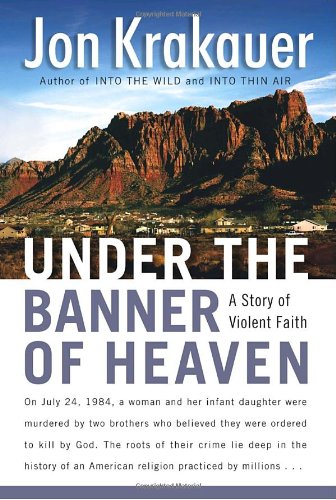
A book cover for Under the Banner of Heaven: A Story of Violent Faith; Jon Krakauer; Christian Books & Bibles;